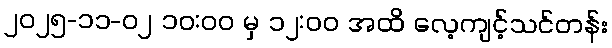
၂၀၂၅-၁၁-၀၂ ၁၀:၀၀ မှ ၁၂:၀၀ အထိ လေ့ကျင့်သင်တန်း